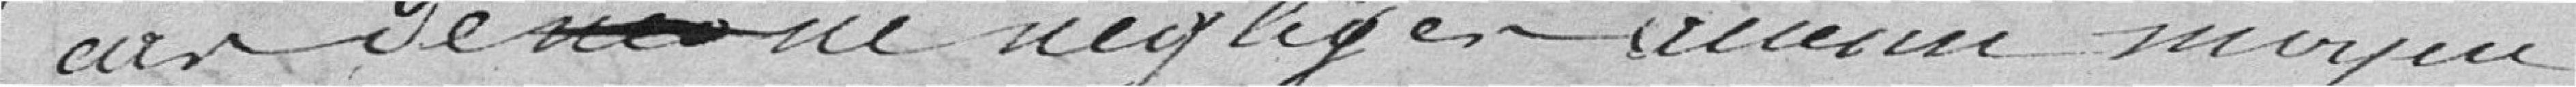
cas de ne négliger aucun moyen